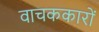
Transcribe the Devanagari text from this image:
वाचककारों